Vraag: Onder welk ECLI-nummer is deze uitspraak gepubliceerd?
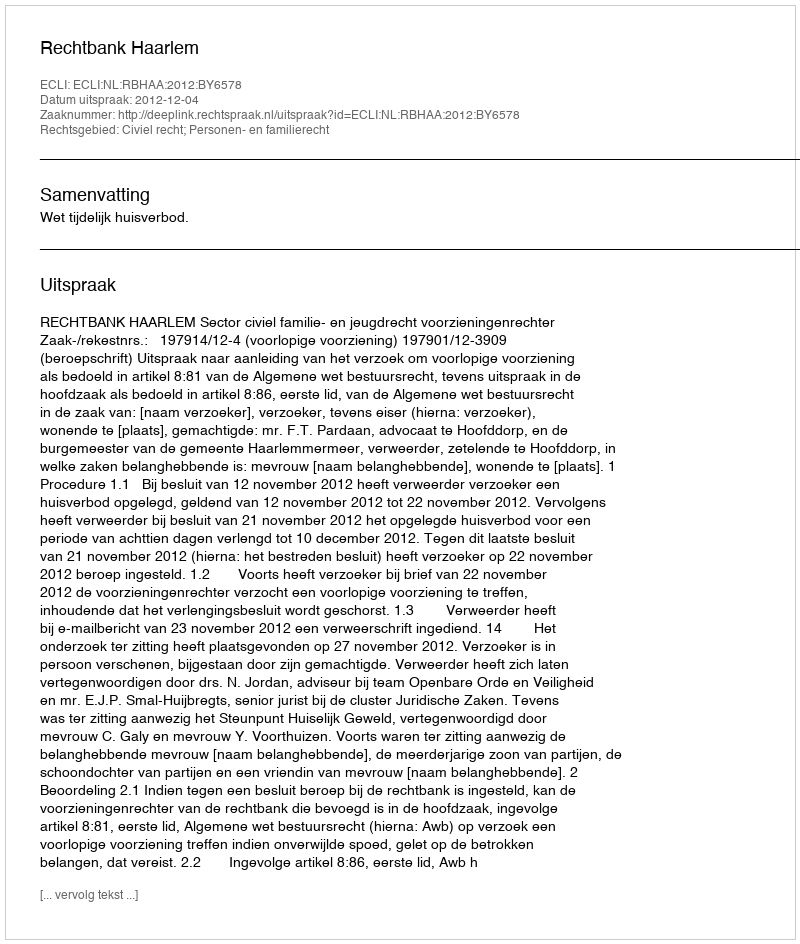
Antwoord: ECLI:NL:RBHAA:2012:BY6578